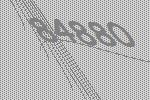
84880